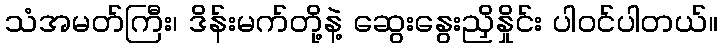
သံအမတ်ကြီး၊ ဒိန်းမက်တို့နဲ့ ဆွေးနွေးညှိနှိုင်း ပါဝင်ပါတယ်။